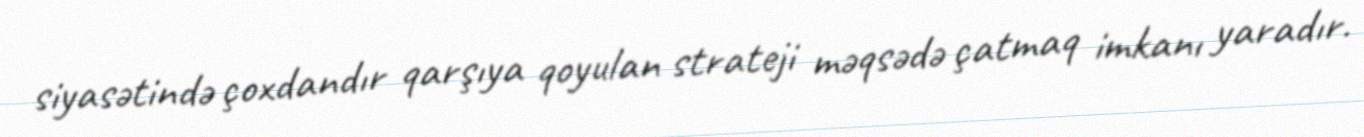
siyasətində çoxdandır qarşıya qoyulan strateji məqsədə çatmaq imkanı yaradır.